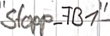
Text: Stopp_FB1